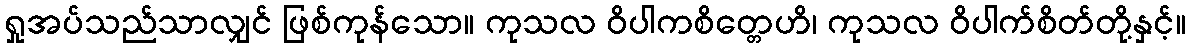
ရှုအပ်သည်သာလျှင် ဖြစ်ကုန်သော။ ကုသလ ဝိပါကစိတ္တေဟိ၊ ကုသလ ဝိပါက်စိတ်တို့နှင့်။